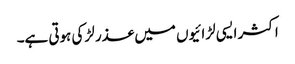
اکثر ایسی لڑائیوں میں عذر لڑکی ہوتی ہے۔